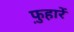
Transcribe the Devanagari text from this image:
फ़ुहारें